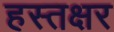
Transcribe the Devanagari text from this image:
हस्तक्षर